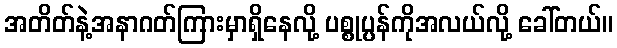
အတိတ်နဲ့အနာဂတ်ကြားမှာရှိနေလို့ ပစ္စုပ္ပန်ကိုအလယ်လို့ ခေါ်တယ်။